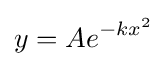
y=Ae^{-kx^{2}}